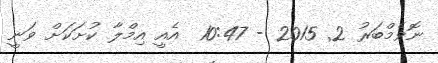
ނޮވެމްބަރު 2